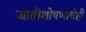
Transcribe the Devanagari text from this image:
जातीशोषणाचेही